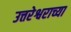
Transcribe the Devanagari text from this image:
उत्तरेश्वराच्या